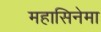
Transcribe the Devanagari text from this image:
महासिनेमा